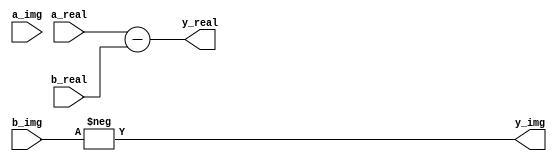
module sub(
    input wire [8:0] a_real,
    input wire [8:0] a_img,
    input wire [8:0] b_real,
    input wire [8:0] b_img,
    output wire [8:0] y_real,
    output wire [8:0] y_img
);

    assign y_real = a_real - b_real;
    assign y_img = - b_img;  //assign y_img = a_img - b_img;

endmodule